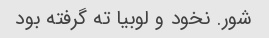
شور. نخود و لوبیا ته گرفته بود